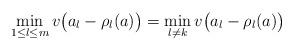
LaTeX: \begin{align*} \min_{1\leq l\leq m}v\big(a_l-\rho_l(a)\big)=\min_{l\neq k}v\big(a_l-\rho_l(a)\big) \end{align*}